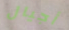
أجيال